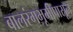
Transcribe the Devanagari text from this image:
बालरंगभूमीपासून